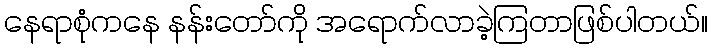
နေရာစုံကနေ နန်းတော်ကို အရောက်လာခဲ့ကြတာဖြစ်ပါတယ်။